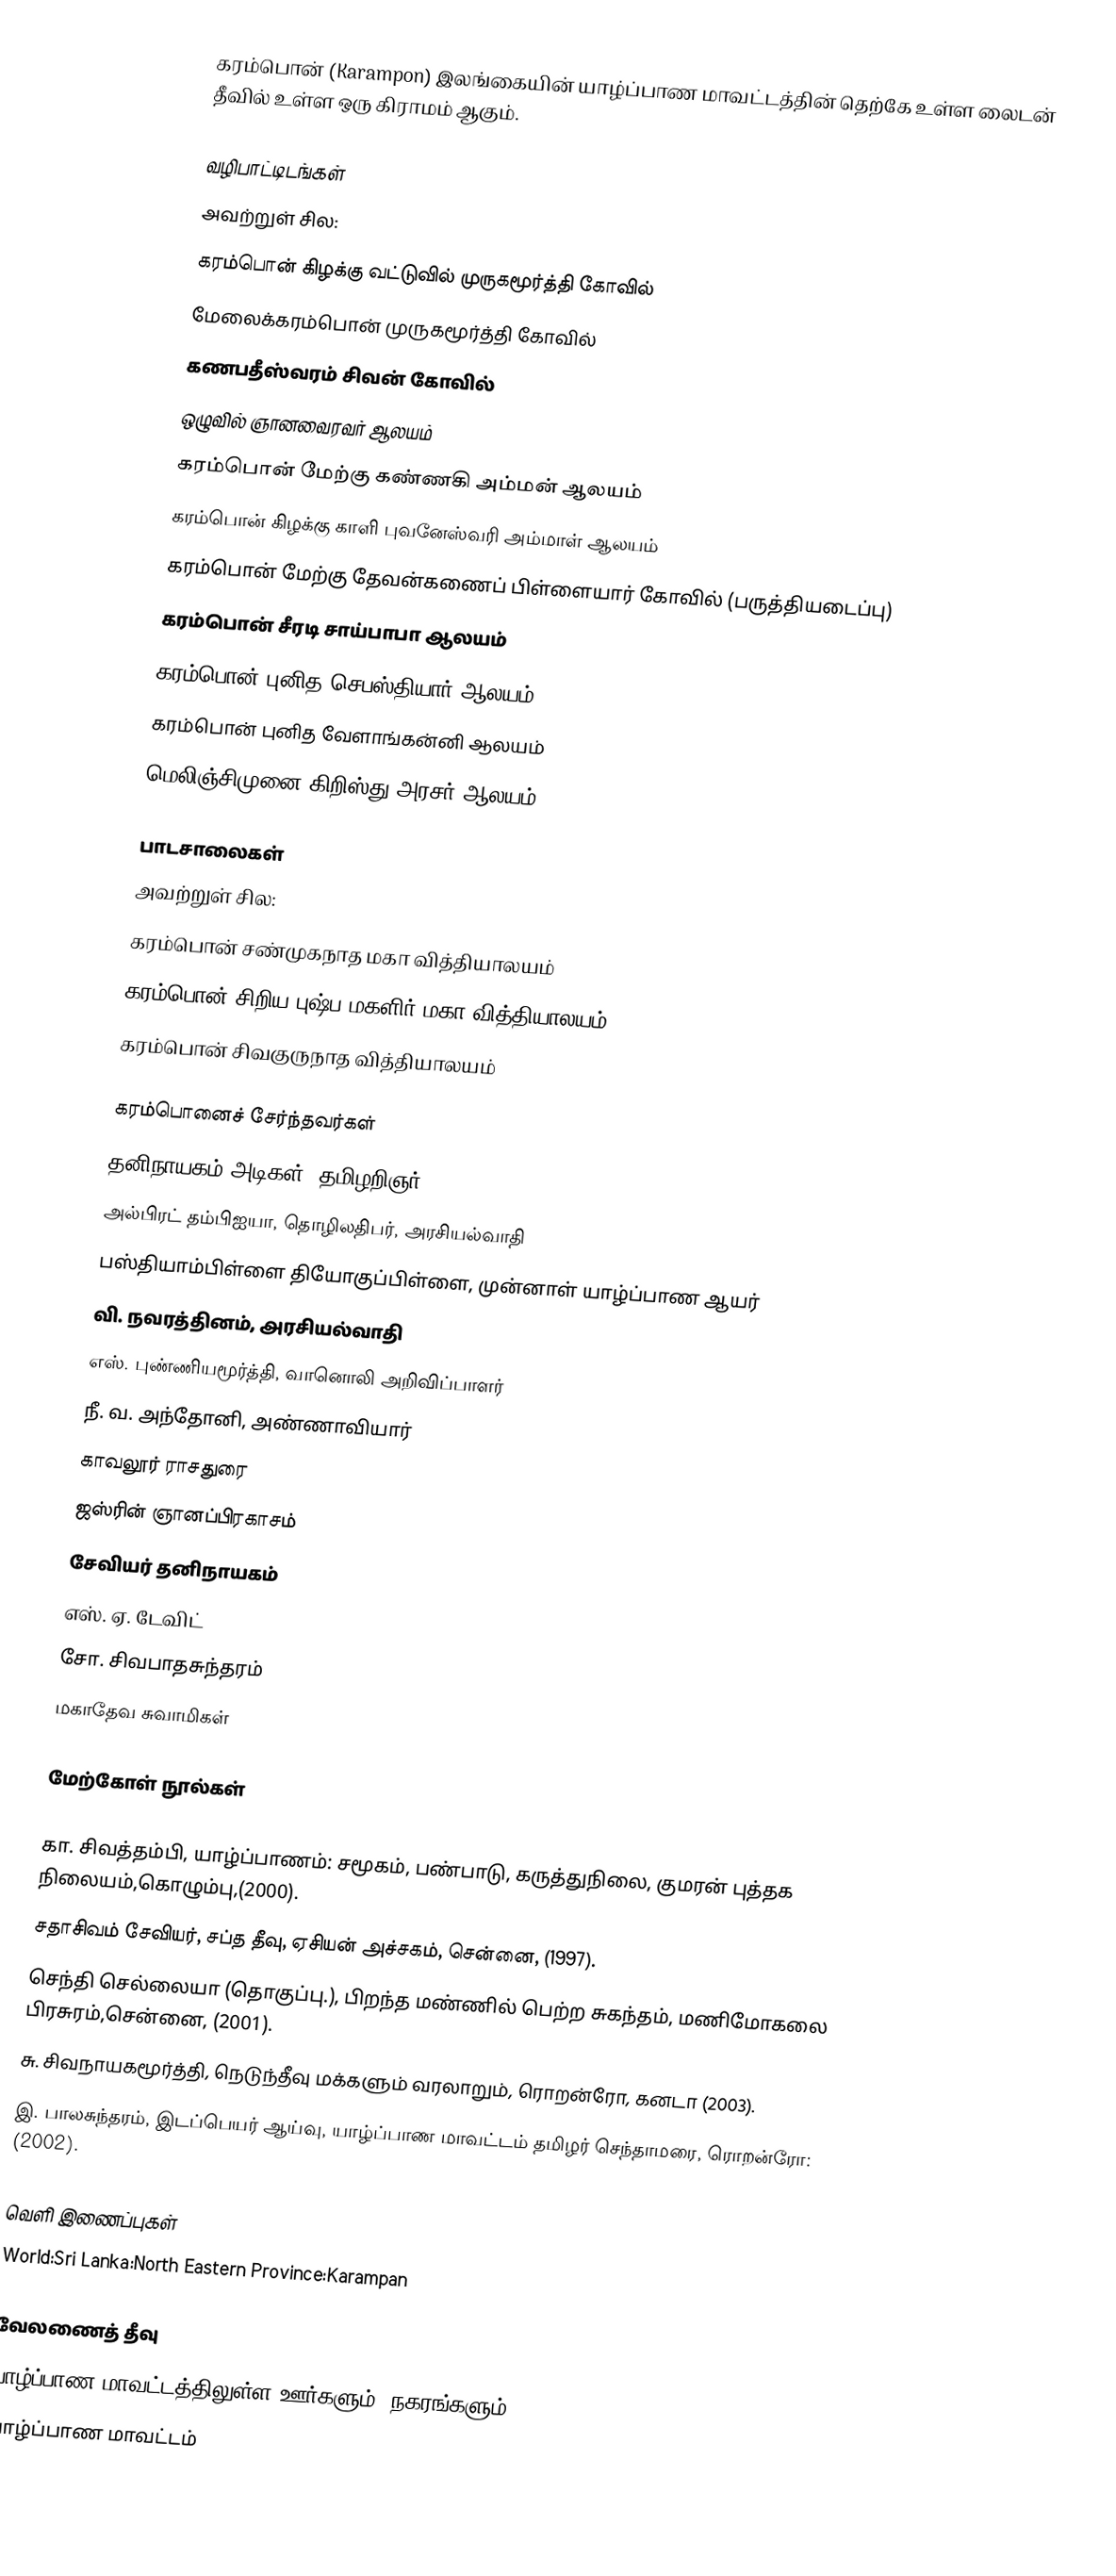
கரம்பொன் (Karampon) இலங்கையின் யாழ்ப்பாண மாவட்டத்தின் தெற்கே உள்ள லைடன் தீவில் உள்ள ஒரு கிராமம் ஆகும்.

வழிபாட்டிடங்கள்
அவற்றுள் சில:
 கரம்பொன் கிழக்கு வட்டுவில் முருகமூர்த்தி கோவில்
 மேலைக்கரம்பொன் முருகமூர்த்தி கோவில்
 கணபதீஸ்வரம் சிவன் கோவில்
 ஒழுவில் ஞானவைரவர் ஆலயம்
 கரம்பொன் மேற்கு கண்ணகி அம்மன் ஆலயம்
 கரம்பொன் கிழக்கு காளி புவனேஸ்வரி அம்மாள் ஆலயம்
 கரம்பொன் மேற்கு தேவன்கணைப் பிள்ளையார் கோவில் (பருத்தியடைப்பு)
 கரம்பொன் சீரடி சாய்பாபா ஆலயம்
 கரம்பொன் புனித செபஸ்தியார் ஆலயம்
 கரம்பொன் புனித வேளாங்கன்னி ஆலயம்
 மெலிஞ்சிமுனை கிறிஸ்து அரசர் ஆலயம்

பாடசாலைகள்
அவற்றுள் சில:
 கரம்பொன் சண்முகநாத மகா வித்தியாலயம்
 கரம்பொன் சிறிய புஷ்ப மகளிர் மகா வித்தியாலயம்
 கரம்பொன் சிவகுருநாத வித்தியாலயம்

கரம்பொனைச் சேர்ந்தவர்கள்
தனிநாயகம் அடிகள், தமிழறிஞர்
அல்பிரட் தம்பிஐயா, தொழிலதிபர், அரசியல்வாதி
பஸ்தியாம்பிள்ளை தியோகுப்பிள்ளை, முன்னாள் யாழ்ப்பாண ஆயர்
வி. நவரத்தினம், அரசியல்வாதி
எஸ். புண்ணியமூர்த்தி, வானொலி அறிவிப்பாளர்
நீ. வ. அந்தோனி, அண்ணாவியார்
 காவலூர் ராசதுரை
 ஜஸ்ரின் ஞானப்பிரகாசம்
 சேவியர் தனிநாயகம்
 எஸ். ஏ. டேவிட்
 சோ. சிவபாதசுந்தரம்
 மகாதேவ சுவாமிகள்

மேற்கோள் நூல்கள்

 கா. சிவத்தம்பி, யாழ்ப்பாணம்: சமூகம், பண்பாடு, கருத்துநிலை, குமரன் புத்தக நிலையம்,கொழும்பு,(2000).
 சதாசிவம் சேவியர், சப்த தீவு, ஏசியன் அச்சகம், சென்னை, (1997).
 செந்தி செல்லையா (தொகுப்பு.), பிறந்த மண்ணில் பெற்ற சுகந்தம், மணிமோகலை பிரசுரம்,சென்னை, (2001).
 சு. சிவநாயகமூர்த்தி, நெடுந்தீவு மக்களும் வரலாறும், ரொறன்ரோ, கனடா (2003).
 இ. பாலசுந்தரம், இடப்பெயர் ஆய்வு, யாழ்ப்பாண மாவட்டம் தமிழர் செந்தாமரை, ரொறன்ரோ: (2002).

வெளி இணைப்புகள்
 World:Sri Lanka:North Eastern Province:Karampan

வேலணைத் தீவு
யாழ்ப்பாண மாவட்டத்திலுள்ள ஊர்களும், நகரங்களும்
யாழ்ப்பாண மாவட்டம்